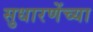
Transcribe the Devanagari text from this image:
सुधारणेंच्या